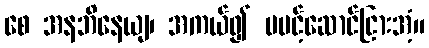
စေ အနဘိနေယျ၊ အကယ်၍ မပင့်ဆောင်ငြားအံ့။